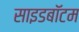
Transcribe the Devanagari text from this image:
साइडबॉटम